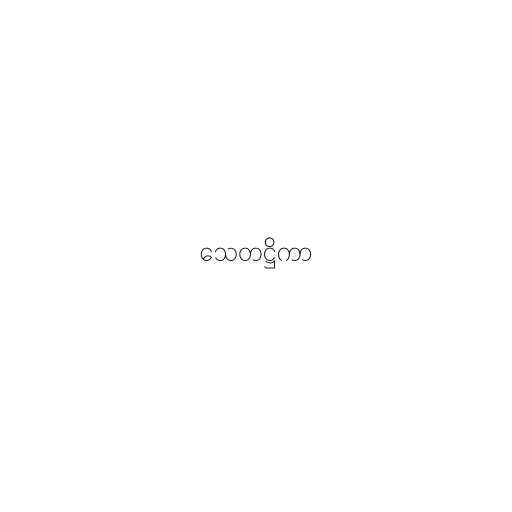
သေတဋ္ဌိကာ